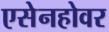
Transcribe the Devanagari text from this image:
एसेनहोवर